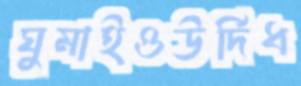
ঘুমাইওউর্দিধ